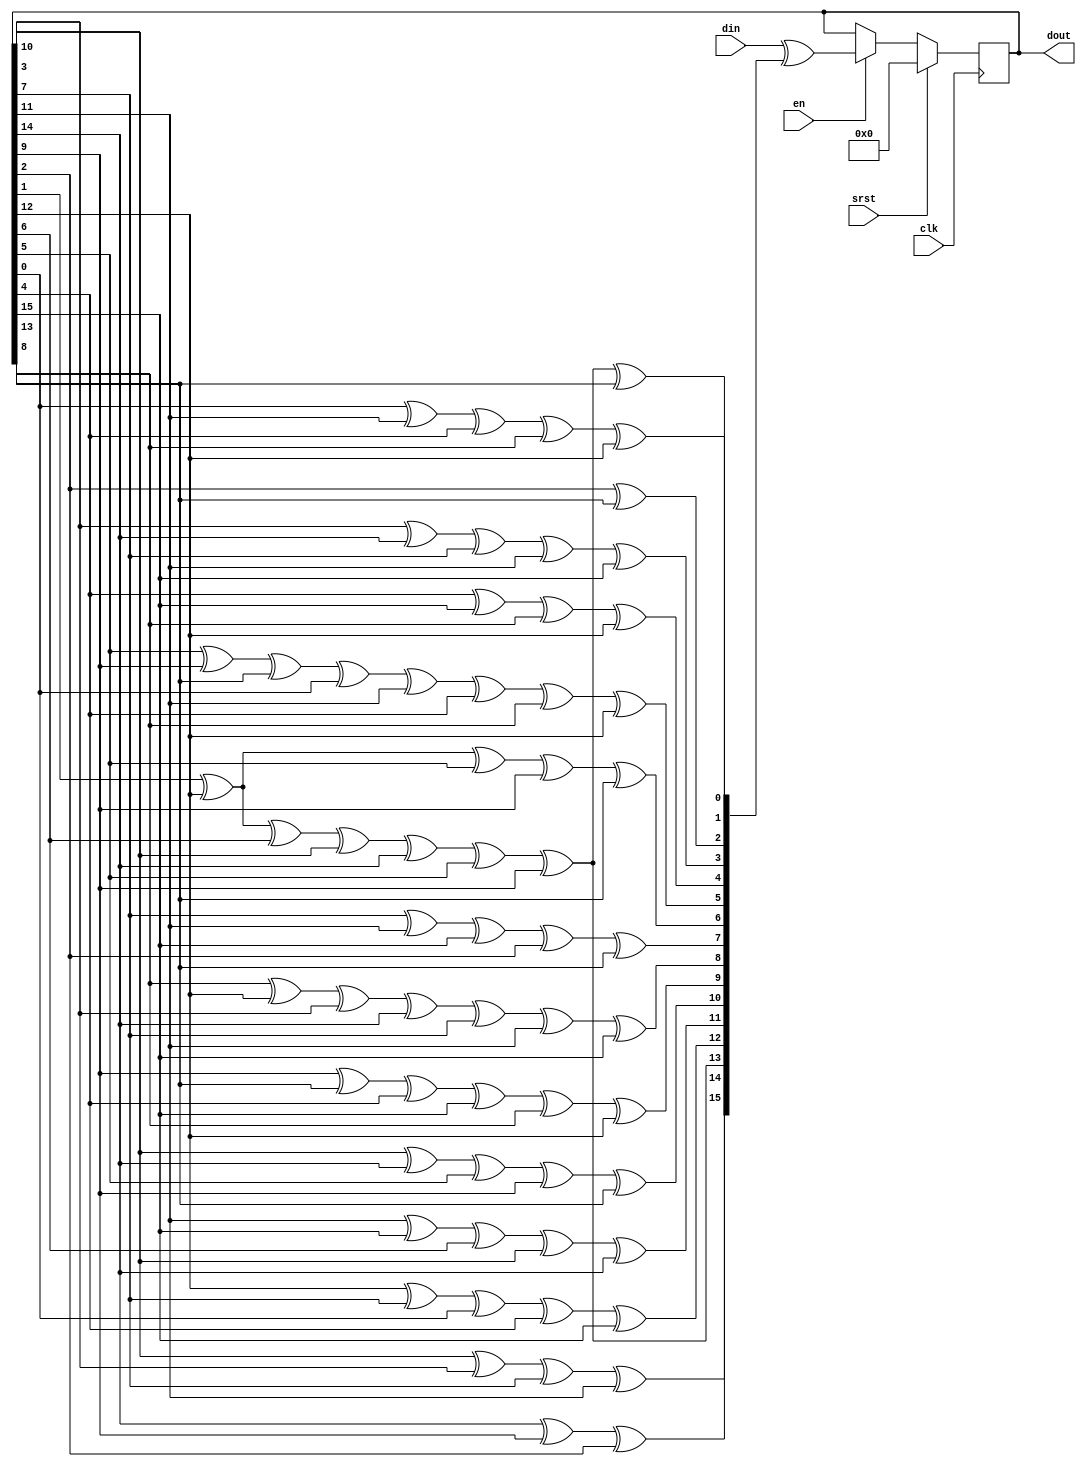
// This program was cloned from: https://github.com/Elphel/x393
// License: GNU General Public License v3.0

/*!
 * <b>Module:</b> crc16_x16x12x5x0
 * @file crc16_x16x12x5x0.v
 * @date 2019-03-31  
 * @author Andrey Filippov
 *     
 * @brief calculates CRC x^16+x^12+x^5+x^0 16-bit parallel
 *
 * @copyright Copyright (c) 2019 Elphel, Inc.
 *
 * <b>License </b>
 *
 * crc16_x16x12x5x0.v is free software; you can redistribute it and/or modify
 * it under the terms of the GNU General Public License as published by
 * the Free Software Foundation, either version 3 of the License, or
 * (at your option) any later version.
 *
 * crc16_x16x12x5x0.v is distributed in the hope that it will be useful,
 * but WITHOUT ANY WARRANTY; without even the implied warranty of
 * MERCHANTABILITY or FITNESS FOR A PARTICULAR PURPOSE.  See the
 * GNU General Public License for more details.
 *
 * You should have received a copy of the GNU General Public License
 * along with this program.  If not, see <http://www.gnu.org/licenses/> .
 *
 * Additional permission under GNU GPL version 3 section 7:
 * If you modify this Program, or any covered work, by linking or combining it
 * with independent modules provided by the FPGA vendor only (this permission
 * does not extend to any 3-rd party modules, "soft cores" or macros) under
 * different license terms solely for the purpose of generating binary "bitstream"
 * files and/or simulating the code, the copyright holders of this Program give
 * you the right to distribute the covered work without those independent modules
 * as long as the source code for them is available from the FPGA vendor free of
 * charge, and there is no dependence on any encrypted modules for simulating of
 * the combined code. This permission applies to you if the distributed code
 * contains all the components and scripts required to completely simulate it
 * with at least one of the Free Software programs.
 */
`timescale 1ns/1ps

module crc16_x16x12x5x0(
    input         clk,
    input         srst,
    input         en,
    input  [15:0] din,
    output [15:0] dout
);
    reg [15:0] crc;
    assign dout = crc;
    always@ (posedge clk) begin
        if (srst) crc <= 0;
        else if (en) crc <= din ^ {
            crc[10]^crc[3]^crc[7]^crc[11],
            crc[14]^crc[9]^crc[2],
            crc[1]^crc[12]^crc[6]^crc[10]^crc[14]^crc[5]^crc[9],
            crc[12]^crc[7]^crc[0]^crc[4]^crc[15],
            crc[11]^crc[15]^crc[6]^crc[10]^crc[14],
            crc[10]^crc[14]^crc[5]^crc[9]^crc[13],
            crc[9]^crc[13]^crc[4]^crc[15]^crc[8]^crc[12],
            crc[8]^crc[12]^crc[3]^crc[14]^crc[7]^crc[11]^crc[15],
            crc[7]^crc[11]^crc[15]^crc[2]^crc[13],
            crc[1]^crc[12]^crc[5]^crc[9]^crc[13],
            crc[5]^crc[9]^crc[13]^crc[0]^crc[11]^crc[4]^crc[8]^crc[12],
            crc[4]^crc[15]^crc[8]^crc[12],
            crc[3]^crc[14]^crc[7]^crc[11]^crc[15],
            crc[2]^crc[13],
            crc[1]^crc[12]^crc[6]^crc[10]^crc[14]^crc[5]^crc[9]^crc[13],
            crc[0]^crc[11]^crc[4]^crc[8]^crc[12]        
        };
    end

endmodule